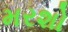
મરશો